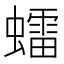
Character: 𧒽